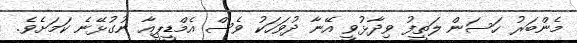
މެންބަރު ހަސަން ލަތީފު ވިދާޅުވީ އޭނާ ދުވަހަކު ވެސް އެމްޑީޕީއާ ނުގުޅޭނެ ކަަމަށެވެ.